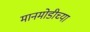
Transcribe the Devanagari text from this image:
मानमोडीच्या